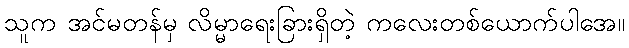
သူက အင်မတန်မှ လိမ္မာရေးခြားရှိတဲ့ ကလေးတစ်ယောက်ပါအေ။